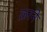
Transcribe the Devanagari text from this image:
क्ररने